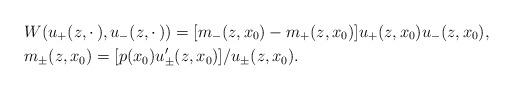
LaTeX: \begin{align*}& W(u_+ (z, \cdot \,), u_- (z, \cdot \,)) = [m_-(z,x_0) - m_+(z,x_0)] u_+ (z, x_0) u_- (z, x_0), \\ & m_{\pm}(z,x_0) = [p(x_0) u_{\pm}^{\prime} (z, x_0)] / u_{\pm} (z, x_0). \end{align*}